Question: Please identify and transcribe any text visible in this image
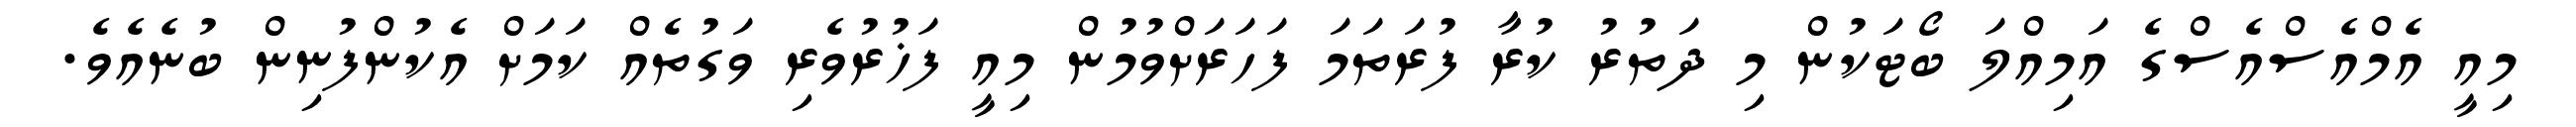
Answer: މިއީ އެމްއެސްއެސްގެ އަމިއްލަ ބޯޓަކުން މި ދަތުރު ކުރާ ފުރަތަމަ ފަހަރަށްވުމުން މިއީ ފަޚުރުވެރި ވަގުތެއް ކަމަށް އެކުންފުނިން ބުނެއެވެ.